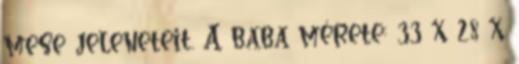
mese jeleneteit. A baba mérete: 33 x 28 x